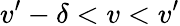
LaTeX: v^{\prime}-\delta<v<v^{\prime}